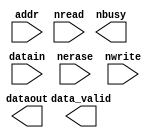
// megafunction wizard: %Flash Memory%VBB%
// GENERATION: STANDARD
// VERSION: WM1.0
// MODULE: altufm_parallel 

// ============================================================
// Megafunction Name(s):
// 			altufm_parallel
//
// Simulation Library Files(s):
// 			lpm;maxii
// ============================================================
// ************************************************************
// THIS IS A WIZARD-GENERATED FILE. DO NOT EDIT THIS FILE!
//
// 8.1 Build 163 10/28/2008 SJ Full Version
// ************************************************************

//Copyright (C) 1991-2008 Altera Corporation
//Your use of Altera Corporation's design tools, logic functions 
//and other software and tools, and its AMPP partner logic 
//functions, and any output files from any of the foregoing 
//(including device programming or simulation files), and any 
//associated documentation or information are expressly subject 
//to the terms and conditions of the Altera Program License 
//Subscription Agreement, Altera MegaCore Function License 
//Agreement, or other applicable license agreement, including, 
//without limitation, that your use is for the sole purpose of 
//programming logic devices manufactured by Altera and sold by 
//Altera or its authorized distributors.  Please refer to the 
//applicable agreement for further details.

module para_ufm (
	addr,
	datain,
	nerase,
	nread,
	nwrite,
	data_valid,
	dataout,
	nbusy)/* synthesis synthesis_clearbox = 1 */;

	input	[8:0]  addr;
	input	[15:0]  datain;
	input	  nerase;
	input	  nread;
	input	  nwrite;
	output	  data_valid;
	output	[15:0]  dataout;
	output	  nbusy;

endmodule

// ============================================================
// CNX file retrieval info
// ============================================================
// Retrieval info: PRIVATE: INTENDED_DEVICE_FAMILY STRING "MAX II"
// Retrieval info: PRIVATE: INTENDED_DEVICE_PART STRING ""
// Retrieval info: PRIVATE: INTERFACE_CHOICE NUMERIC "1"
// Retrieval info: PRIVATE: SYNTH_WRAPPER_GEN_POSTFIX STRING "0"
// Retrieval info: PRIVATE: VERSION_NUMBER NUMERIC "0"
// Retrieval info: CONSTANT: ACCESS_MODE STRING "READ_WRITE"
// Retrieval info: CONSTANT: ERASE_TIME NUMERIC "500000000"
// Retrieval info: CONSTANT: INTENDED_DEVICE_FAMILY STRING "MAX II"
// Retrieval info: CONSTANT: LPM_FILE STRING "UNUSED"
// Retrieval info: CONSTANT: OSC_FREQUENCY NUMERIC "180000"
// Retrieval info: CONSTANT: PROGRAM_TIME NUMERIC "1600000"
// Retrieval info: CONSTANT: WIDTH_ADDRESS NUMERIC "9"
// Retrieval info: CONSTANT: WIDTH_DATA NUMERIC "16"
// Retrieval info: CONSTANT: WIDTH_UFM_ADDRESS NUMERIC "9"
// Retrieval info: USED_PORT: addr 0 0 9 0 INPUT NODEFVAL addr[8..0]
// Retrieval info: USED_PORT: data_valid 0 0 0 0 OUTPUT NODEFVAL data_valid
// Retrieval info: USED_PORT: datain 0 0 16 0 INPUT NODEFVAL datain[15..0]
// Retrieval info: USED_PORT: dataout 0 0 16 0 OUTPUT NODEFVAL dataout[15..0]
// Retrieval info: USED_PORT: nbusy 0 0 0 0 OUTPUT NODEFVAL nbusy
// Retrieval info: USED_PORT: nerase 0 0 0 0 INPUT NODEFVAL nerase
// Retrieval info: USED_PORT: nread 0 0 0 0 INPUT NODEFVAL nread
// Retrieval info: USED_PORT: nwrite 0 0 0 0 INPUT NODEFVAL nwrite
// Retrieval info: CONNECT: @nwrite 0 0 0 0 nwrite 0 0 0 0
// Retrieval info: CONNECT: @nerase 0 0 0 0 nerase 0 0 0 0
// Retrieval info: CONNECT: @datain 0 0 16 0 datain 0 0 16 0
// Retrieval info: CONNECT: @nread 0 0 0 0 nread 0 0 0 0
// Retrieval info: CONNECT: @addr 0 0 9 0 addr 0 0 9 0
// Retrieval info: CONNECT: nbusy 0 0 0 0 @nbusy 0 0 0 0
// Retrieval info: CONNECT: data_valid 0 0 0 0 @data_valid 0 0 0 0
// Retrieval info: CONNECT: dataout 0 0 16 0 @dataout 0 0 16 0
// Retrieval info: GEN_FILE: TYPE_NORMAL para_ufm.v TRUE
// Retrieval info: GEN_FILE: TYPE_NORMAL para_ufm.inc FALSE
// Retrieval info: GEN_FILE: TYPE_NORMAL para_ufm.cmp FALSE
// Retrieval info: GEN_FILE: TYPE_NORMAL para_ufm.bsf TRUE
// Retrieval info: GEN_FILE: TYPE_NORMAL para_ufm_inst.v TRUE
// Retrieval info: GEN_FILE: TYPE_NORMAL para_ufm_bb.v TRUE
// Retrieval info: LIB_FILE: lpm
// Retrieval info: LIB_FILE: maxii